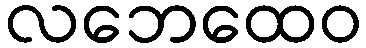
လဘေထေဝ